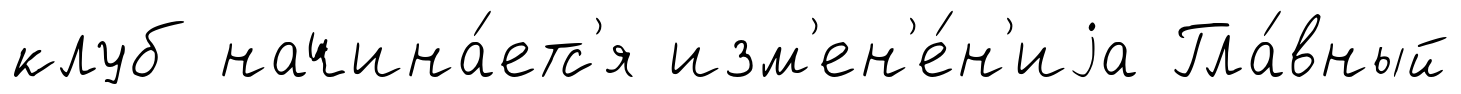
клуб начина́етс'я изм'ен'е́н'иjа Гла́вный